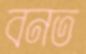
বনত